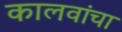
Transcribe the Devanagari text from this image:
कालवांचा